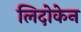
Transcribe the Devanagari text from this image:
लिदोकेन